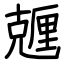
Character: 兣